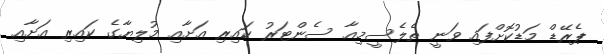
ޕެރޭޑް މަޑުކޮށްފައި ވަނީ ތެލެސީމިއާ ސެންޓަރު ކައިރި އަށާއި މުލިޔާގެ ކައިރި އަށާއި